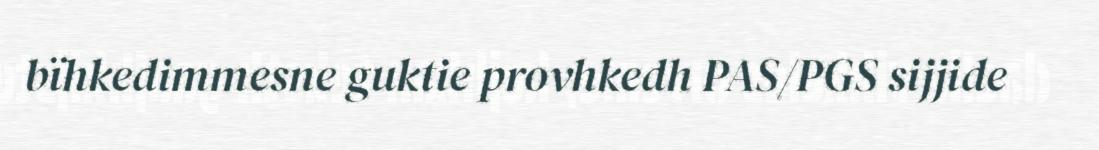
bïhkedimmesne guktie provhkedh PAS/PGS sijjide